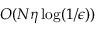
{ \cal O } ( N \eta \log ( 1 / \epsilon ) )